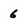
Character: 6